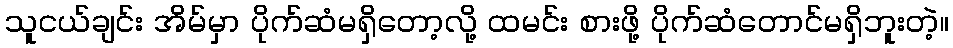
သူငယ်ချင်း အိမ်မှာ ပိုက်ဆံမရှိတော့လို့ ထမင်း စားဖို့ ပိုက်ဆံတောင်မရှိဘူးတဲ့။